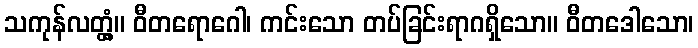
သကုန်လတ္တံ့။ ဝီတရောဂေါ၊ ကင်းသော တပ်ခြင်းရာဂရှိသော။ ဝီတဒေါသော၊